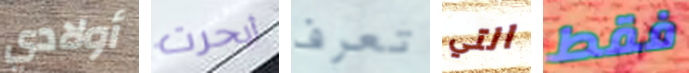
أولادي أبحرت تعرف التي فقط